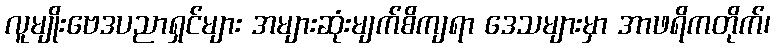
လူမျိုးဗေဒပညာရှင်များ အများဆုံးမျက်စိကျရာ ဒေသများမှာ အာဖရိကတိုက်၊